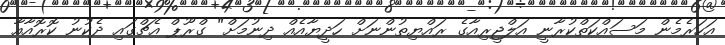
އަހަރެމެން މަސައްކަތްކުރާނީ އަލްޖީރިއާގެ ރައްޔިތުންނަށް ހަދީޔާއެއް ދިނުމަށް" ގްރޫޕް އެޗްގައި ދެކުނު ކޮރޮއާއާ